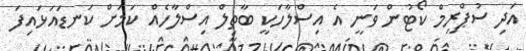
އަދި ސުޕްރީމް ކޯޓުން ވަނީ އެ އިސްލާހަކީ ބާތިލް އިސްލާހެއް ކަމަށް ކަނޑައަޅައިފަ